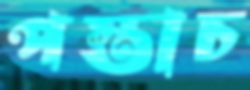
পস্তাচ